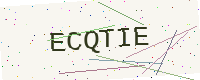
Text: ECQTIE